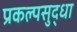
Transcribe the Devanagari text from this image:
प्रकल्पसुद्धा